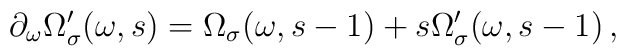
\partial_\omega\Omega^\prime_\sigma(\omega,s)=\Omega_\sigma(\omega,s-1)+s\Omega^\prime_\sigma(\omega,s-1) \,,